Investigations into the jail dietaries of the United Provinces with some observations on the influence of dietary on the physical development and well-being of the people of the United Provinces - Number 48
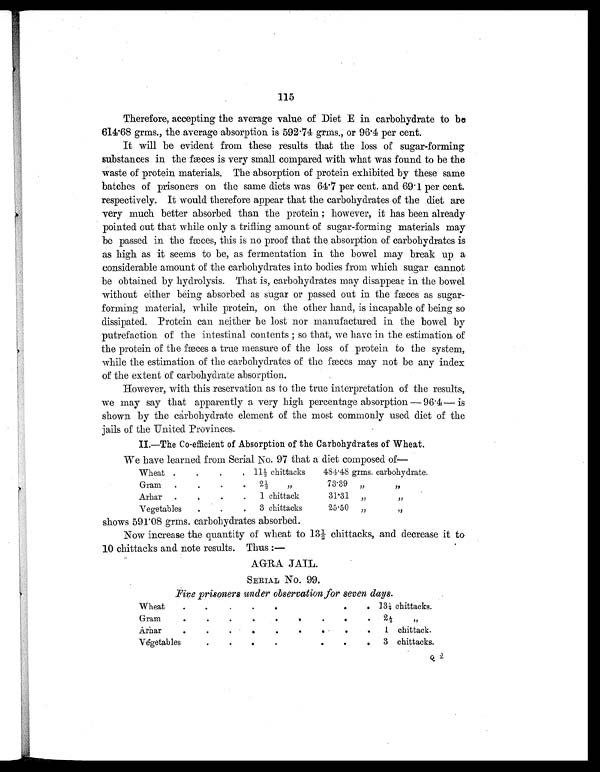
115
Therefore, accepting the average value of Diet E in carbohydrate to be
614.68 grms., the average absorption is 592.74 grms., or 96.4 per cent.
It will be evident from these results that the loss of sugar-forming
substances in the fæces is very small compared with what was found to be the
waste of protein materials. The absorption of protein exhibited by these same
batches of prisoners on the same diets was 64.7 per cent. and 69.1 per cent.
respectively. It would therefore appear that the carbohydrates of the diet are
very much better absorbed than the protein ; however, it has been already
pointed out that while only a trifling amount of sugar-forming materials may
be passed in the fæces, this is no proof that the absorption of carbohydrates is
as high as it seems to be, as fermentation in the bowel may break up a
considerable amount of the carbohydrates into bodies from which sugar cannot
be obtained by hydrolysis. That is, carbohydrates may disappear in the bowel
without either being absorbed as sugar or passed out in the fæces as sugar-
forming material, while protein, on the other hand, is incapable of being so
dissipated. Protein can neither be lost nor manufactured in the bowel by
putrefaction of the intestinal contents ; so that, we have in the estimation of
the protein of the fæces a true measure of the loss of protein to the system,
while the estimation of the carbohydrates of the fæces may not be any index
of the extent of carbohydrate absorption.
However, with this reservation as to the true interpretation of the results,
we may say that apparently a very high percentage absorption — 96.4— is
shown by the carbohydrate element of the most commonly used diet of the
jails of the United Provinces.
II.—The Co-efficient of Absorption of the Carbohydrates of Wheat.
We have learned from Serial No. 97 that a diet composed of—
Wheat .
.
.
. 11½ chittacks
484.48 grms. carbohydrate.
Gram
.
.
.
.
2 ½ „
73.39
„
„
Arhar
.
.
.
.
1 chittack
31.31 „
„
Vegetables
.
.
.
3 chittacks
25.50 „
„
shows 591.08 grms. carbohydrates absorbed.
Now increase the quantity of wheat to 13½ chittacks, and decrease it to
10 chittacks and note results. Thus:—
AGRA JAIL.
SERIAL NO. 99.
Five prisoners under observation for seven days.
Wheat
.
. .
.
.
.
. .
. 13½ chittacks.
Gram
.
.
.
.
.
.
.
.
.
2 ½ „
Arhar
.
.
. .
.
.
.
.
.
1 chittack.
Vegetables
.
.
.
.
.
.
. .
3 chittacks.
Q 2